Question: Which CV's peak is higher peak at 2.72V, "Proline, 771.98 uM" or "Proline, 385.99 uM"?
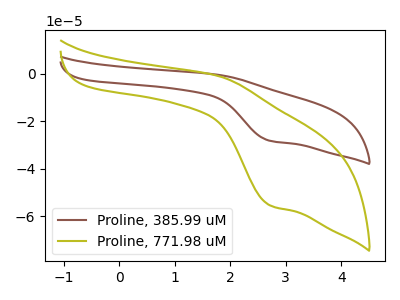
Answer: <think>The brown curve "Proline, 385.99 uM" has an anodic peak at (1.80V, -0.50uA) and a cathodic peak at (2.70V, -28.30uA). The olive curve "Proline, 771.98 uM" has an anodic peak at (1.80V, -1.00uA) and a cathodic peak at (2.70V, -55.45uA).</think>
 <answer>The peak at 2.72V is higher in "Proline, 771.98 uM" than in "Proline, 385.99 uM".</answer>
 <eval>higher</eval>